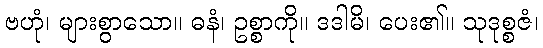
ဗဟုံ၊ များစွာသော။ ဓနံ၊ ဥစ္စာကို။ ဒဒါမိ၊ ပေး၏။ သုဒုစ္စဇံ၊